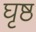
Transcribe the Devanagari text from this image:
घृष्ठ